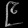
Digit: ၉